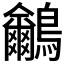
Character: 𪈕